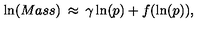
\ln ( M a s s ) \: \approx \: \gamma \ln ( p ) + f ( \ln ( p ) ) ,